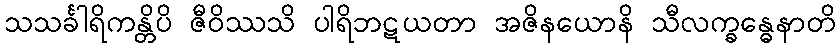
သသင်္ခါရိကန္တိပိ ဇီဝိဿသိ ပါရိဘဋယတာ အဇိနယောနိ သီလက္ခန္ဓေနာတိ